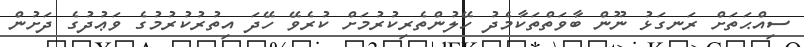
ސިއްޙަތަށް ރަނގަޅު ނޫން ބާވަތްތަކާމެދު ހޭލުންތެރިކުރުމަށް ކުރެވޭ ހޭދަ އިތުރުކުރުމުގެ ވަޢުދުގެ ދަށުން